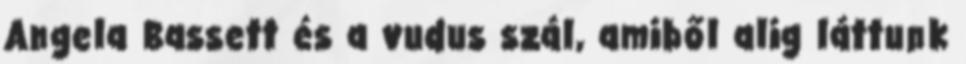
Angela Bassett és a vudus szál, amiből alig láttunk